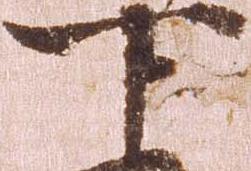
下